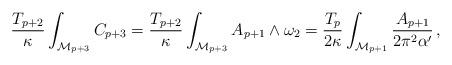
LaTeX: \begin{align*}\frac{T_{p+2}}{\kappa}\int_{\mathcal{M}_{p+3}}C_{p+3} =\frac{T_{p+2}}{\kappa}\int_{\mathcal{M}_{p+3}}A_{p+1}\wedge\omega_2 =\frac{T_{p}}{2\kappa}\int_{\mathcal{M}_{p+1}}\frac{A_{p+1}}{2\pi^2\alpha'}\,,\end{align*}